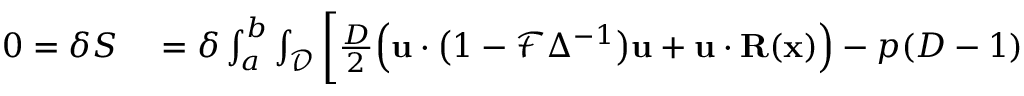
\begin{array} { r l } { 0 = \delta S } & { { } = \delta \int _ { a } ^ { b } \int _ { \mathcal { D } } \bigg [ \frac { D } { 2 } \Big ( \mathbf { u } \cdot \big ( 1 - \mathcal { F } \Delta ^ { - 1 } \big ) \mathbf { u } + \mathbf { u } \cdot \mathbf { R } ( \mathbf { x } ) \Big ) - p ( D - 1 ) } \end{array}